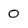
Character: 0